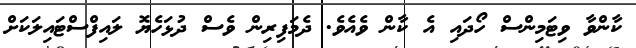
ކާންވާ ވިޓަމިންސް ހޯދައި އެ ކާން ވެއެވެ. ދެމަފިރިން ވެސް ދުޅަހެޔޮ ލައިފްސްޓައިލަކަށް